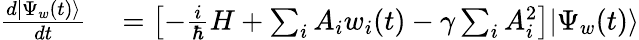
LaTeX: \begin{array}{rl}{{\frac{d|\Psi_{w}(t)\rangle}{dt}}}&{{}=\left[-{\frac{i}{\hbar}}H+\sum_{i}A_{i}w_{i}(t)-\gamma\sum_{i}A_{i}^{2}\right]|\Psi_{w}(t)\rangle}\end{array}